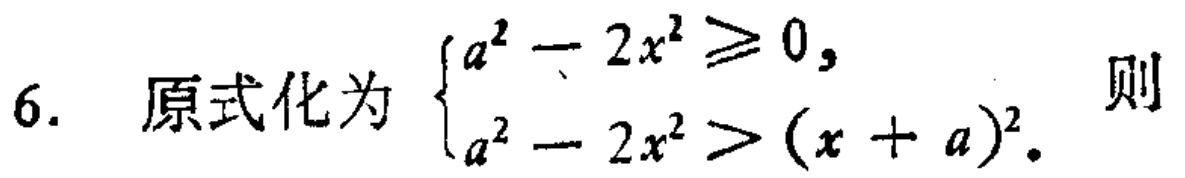
原式化为$\begin{cases}
a^{2}-2x^{2}\geqslant0,\\
a^{2}-2x^{2}>(x + a)^{2}.
\end{cases}$则